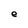
Character: e